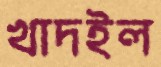
খাদইল